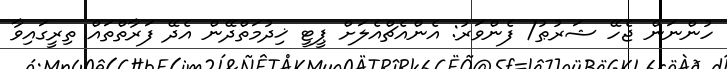
ހުންނަން ޖެހޭ ޝަރުޠު/ ފެންވަރު: އެންއެޗްއެލަށް ޕީޓީ ޚިދުމަތްދޭން އެދޭ ފަރާތްތައް ތިރީގައިވާ